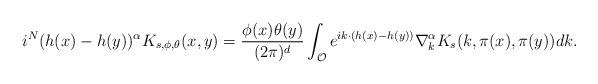
LaTeX: \begin{align*} i^{N}(h(x)-h(y))^{\alpha}K_{s,\phi,\theta}(x,y)=\frac{\phi(x)\theta(y)}{(2\pi)^d}\int_{\mathcal{O}} e^{ik\cdot (h(x)-h(y))}\nabla^{\alpha}_{k} K_s(k,\pi(x), \pi(y))dk.\end{align*}